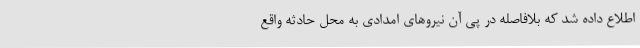
اطلاع داده شد که بلافاصله در پی آن نیروهای امدادی به محل حادثه واقع